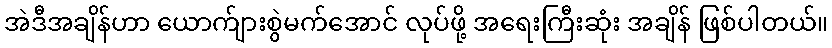
အဲဒီအချိန်ဟာ ယောက်ျားစွဲမက်အောင် လုပ်ဖို့ အရေးကြီးဆုံး အချိန် ဖြစ်ပါတယ်။